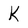
Character: K